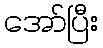
အော်ပြီး